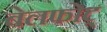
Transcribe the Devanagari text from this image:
बेलफोट्